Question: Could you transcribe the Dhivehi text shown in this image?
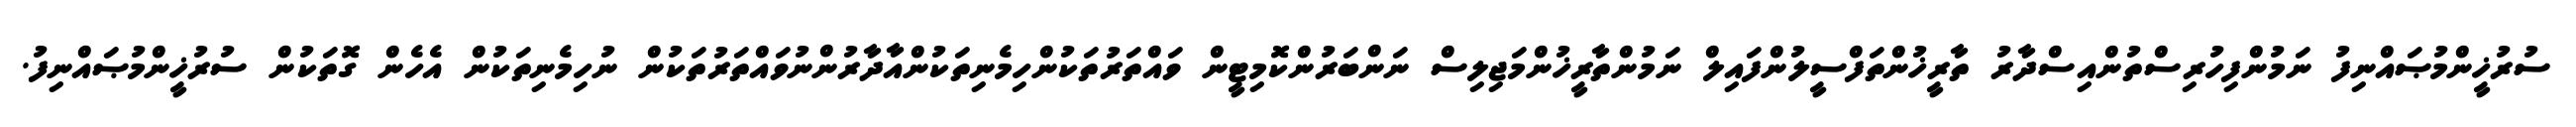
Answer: ސުރުޚީންމުޞައްނިފު ނަމުންފިހުރިސްތުންއިސްދާރު ތާރީޚުންތަފްސީލުންފައިލް ނަމުންތާރީޚުންމަޖިލިސް ނަންބަރުންކޮމިޓީން ވައްތަރުތަކުންހިމެނިތަކުންއާދާރުންނުވައްތަރުތަކުން ނުހިމެނިތަކުން އެހެން ގޮތަކުން ސުރުޚީންމުޞައްނިފު.